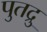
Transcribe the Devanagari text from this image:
पुतद्रु